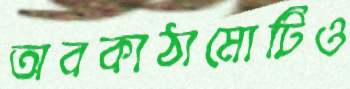
অবকাঠামোটিও